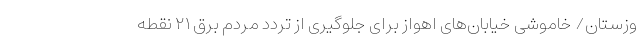
وزستان/ خاموشی خیابان‌های اهواز برای جلوگیری از تردد مردم برق ۲۱ نقطه